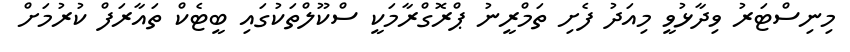
މިނިސްޓަރު ވިދާޅުވީ މިއަދު ފެށި ތަމްރީނު ޕްރޮގްރާމަކީ ސްކޫލްތަކުގައި ބީޓެކް ތައާރަފް ކުރުމަށް